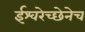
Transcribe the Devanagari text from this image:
ईश्वरेच्छेनेच